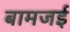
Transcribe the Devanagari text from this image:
बामजई